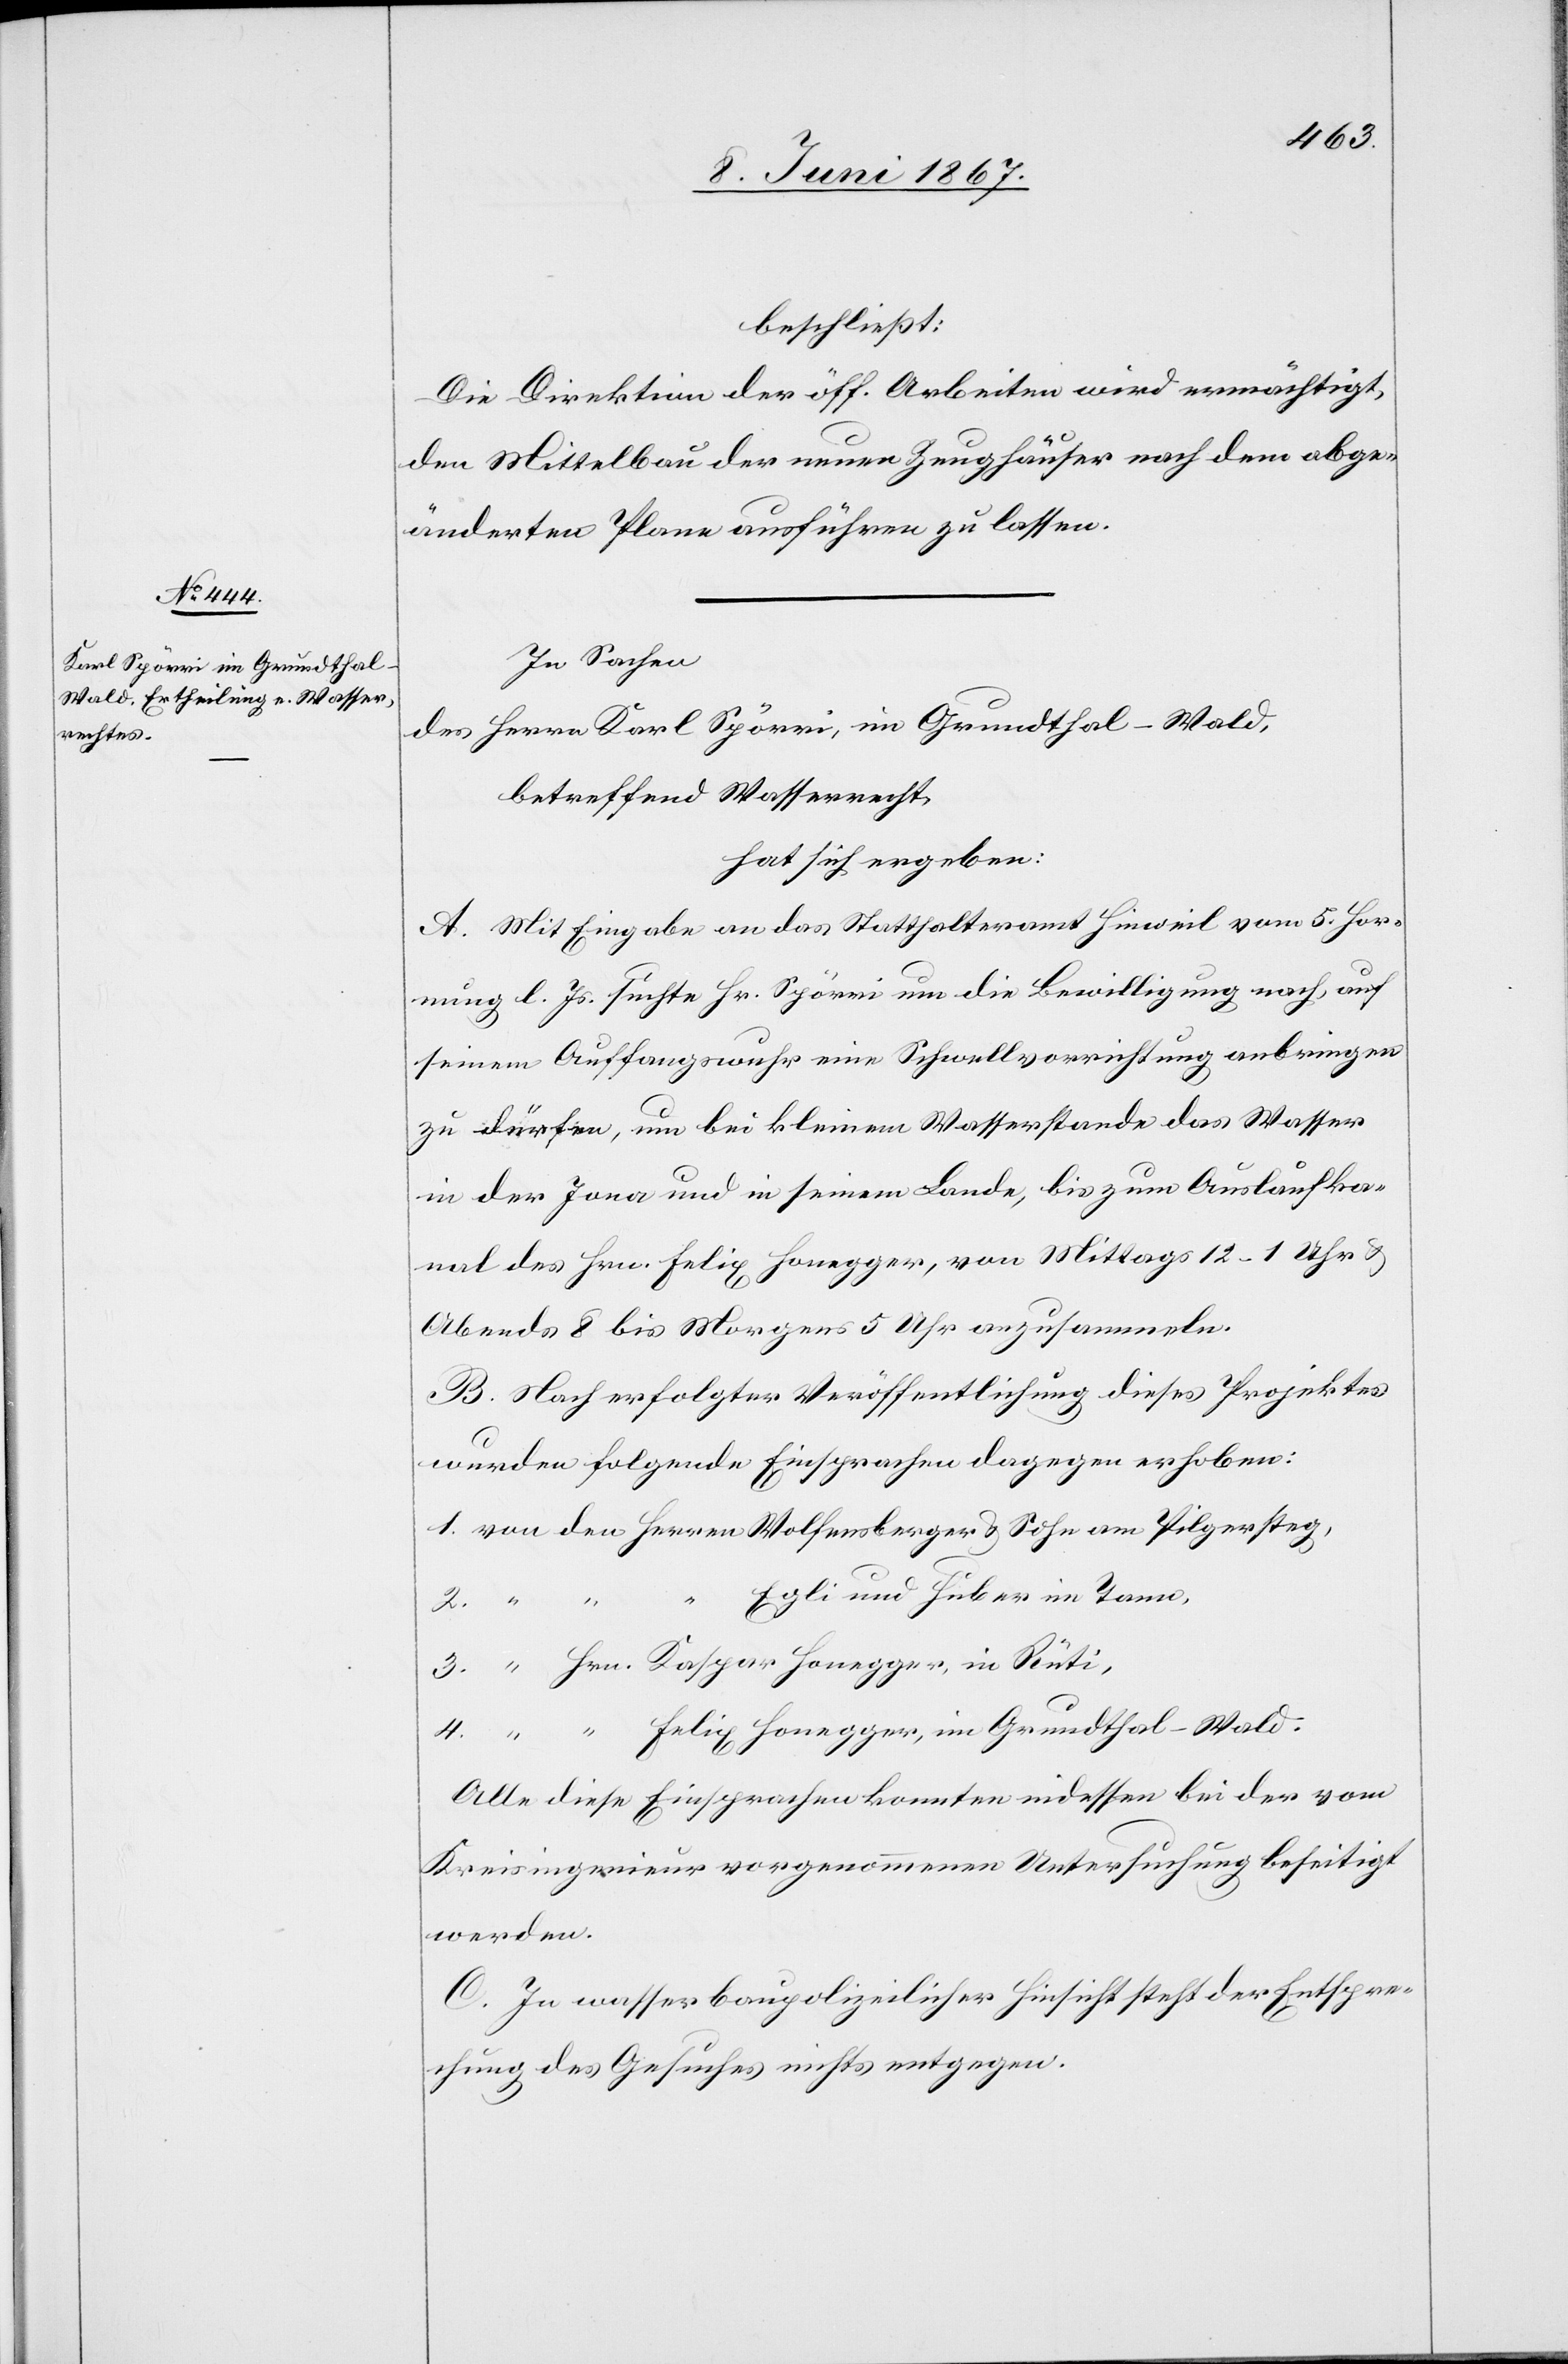
beschließt:
Die Direktion der öff. Arbeiten wird ermächtigt,
den Mittelbau der neuen Zeughäuser nach dem abge¬
änderten Plane ausführen zu lassen.
In Sachen
des Herrn Karl Spörri, im Grundthal-Wald,
betreffend Wasserrecht,
hat sich ergeben:
A. Mit Eingabe an das Statthalteramt Hinweil vom 5. Hor¬
nung l. Js. suchte Hr. Spörri um die Bewilligung nach, auf
seinem Auffangswuhr eine Schwellvorrichtung anbringen
zu dürfen, um bei kleinem Wasserstande das Wasser
in der Jona und in seinem Lande, bis zum Auslaufka¬
nal des Hrn. Felix Honegger, von Mittags 12–1 Uhr u.
Abends 8 bis Morgens 5 Uhr anzusammeln.
B. Nach erfolgter Veröffentlichung dieses Projektes
wurden folgende Einsprachen dagegen erhoben:
1. von den Herren Wolfensberger u. Sohn am Pilgersteg,
Egli und Huber in Tann,
3. 	“ Hrn. Kaspar Honegger, in Rüti,
4. 	“ “ “ Felix Honegger, in Grundthal-Wald.
Alle diese Einsprachen konnten indessen bei der vom
Kreisingenieur vorgenommenen Untersuchung beseitigt
werden.
C. In wasserbaupolizeilicher Hinsicht steht der Entspre¬
chung des Gesuches nichts entgegen.